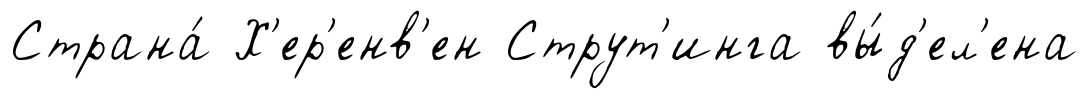
Страна́ Х'ер'енв'ен Струт'инга вы́д'ел'ена